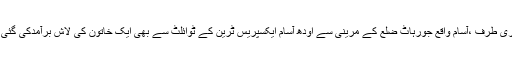
دوسری طرف ،آسام واقع جورہاٹ ضلع کے مرینی سے اودھ آسام ایکسپریس ٹرین کے ٹوائلٹ سے بھی ایک خاتون کی لاش برآمدکی گئی تھی۔